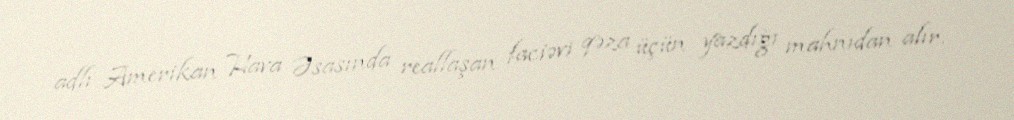
adlı Amerikan Hava Əsasında reallaşan faciəvi qəza üçün yazdığı mahnıdan alır.